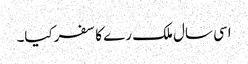
اسی سال ملک رے کا سفرکیا۔